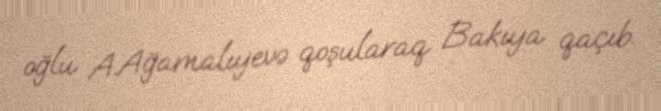
oğlu A.Ağamalıyevə qoşularaq Bakıya qaçıb.